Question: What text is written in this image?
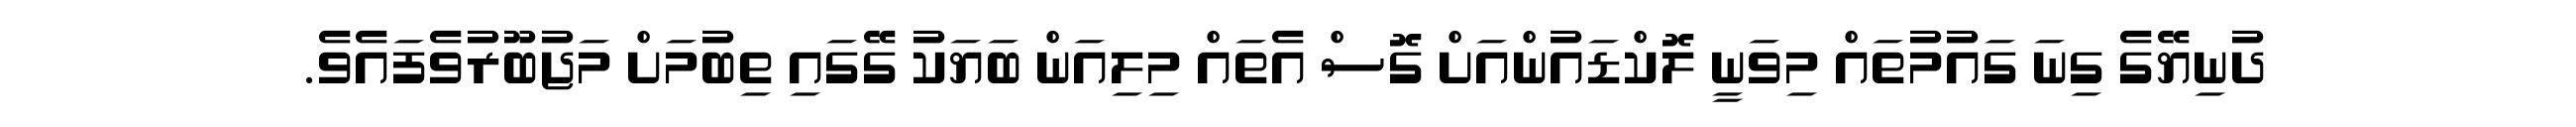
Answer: ދުނިޔޭގެ ގިނަ ގައުމުތައް މިވަނީ ލޮކްޑައުންއަށް ގޮސް އެތައް މިލިއަން ބަޔަކު ގޭގައި ތިބުމަށް މަޖުބޫރުވެފައެވެ.